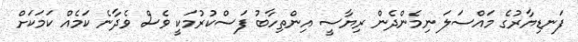
ފަނޑިޔާރުގެ މައްސަލަ ނިމެންދެން ރިޔާސީ އިންތިހާބު ފަސްކުރުމަކީ ވެސް ވެދާނެ ކަމެއް ކަމަކަށް